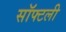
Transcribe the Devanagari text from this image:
सॉफ्टली